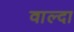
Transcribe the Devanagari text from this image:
वाल्दा